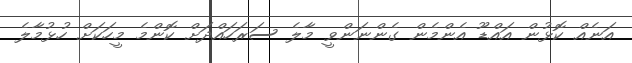
އަނެއް ކޮޅުން އައްޑޫ އެންމެން ގެންނަންވީ މާލެ ސަރަހައްދަށް ކޮންމެ މީހަކަށް ހުޅުމާލެ